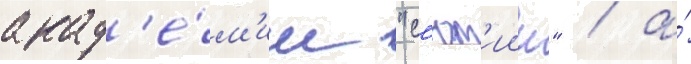
акад'е́м'ии "с'ют'иин" / а́